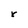
Character: r